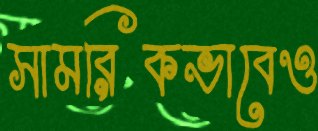
সামরিকভাবেও